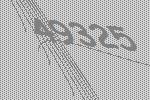
49325